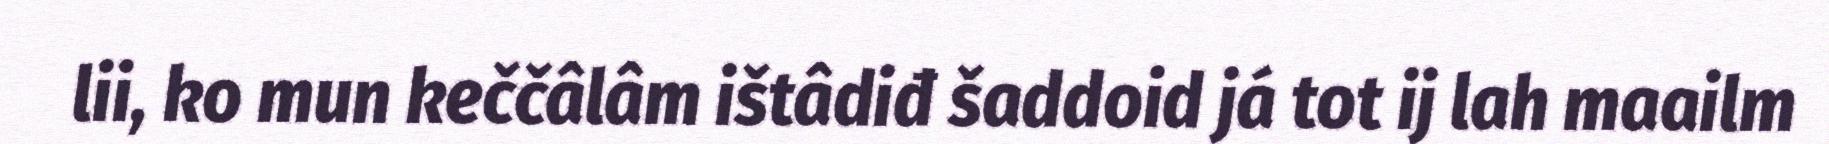
lii, ko mun keččâlâm ištâdiđ šaddoid já tot ij lah maailm